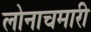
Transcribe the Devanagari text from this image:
लोनाचमारी